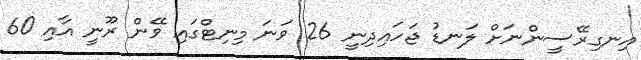
އިނގިރޭސީންނަށް ލަނޑު ޖަހައިދިނީ 26 ވަނަ މިނިޓްގައި ވޭން ރޫނީ އާއި 60